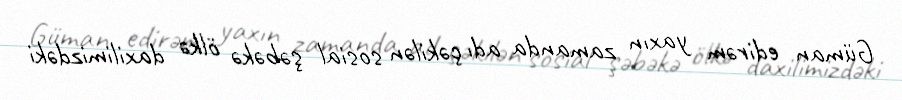
Güman edirəm yaxın zamanda adı çəkilən sosial şəbəkə ölkə daxilimizdəki